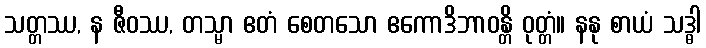
သတ္တဿ, န ဇီဝဿ, တသ္မာ ဧတံ စေတသော ဧကောဒိဘာဝန္တိ ဝုတ္တံ။ နနု စာယံ သဒ္ဓါ